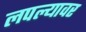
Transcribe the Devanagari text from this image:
लपल्यावर